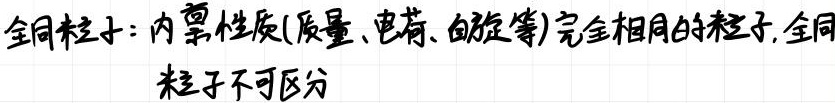
全同粒子：内禀性质(质量、电荷、自旋等)完全相同的粒子, 全同粒子不可区分